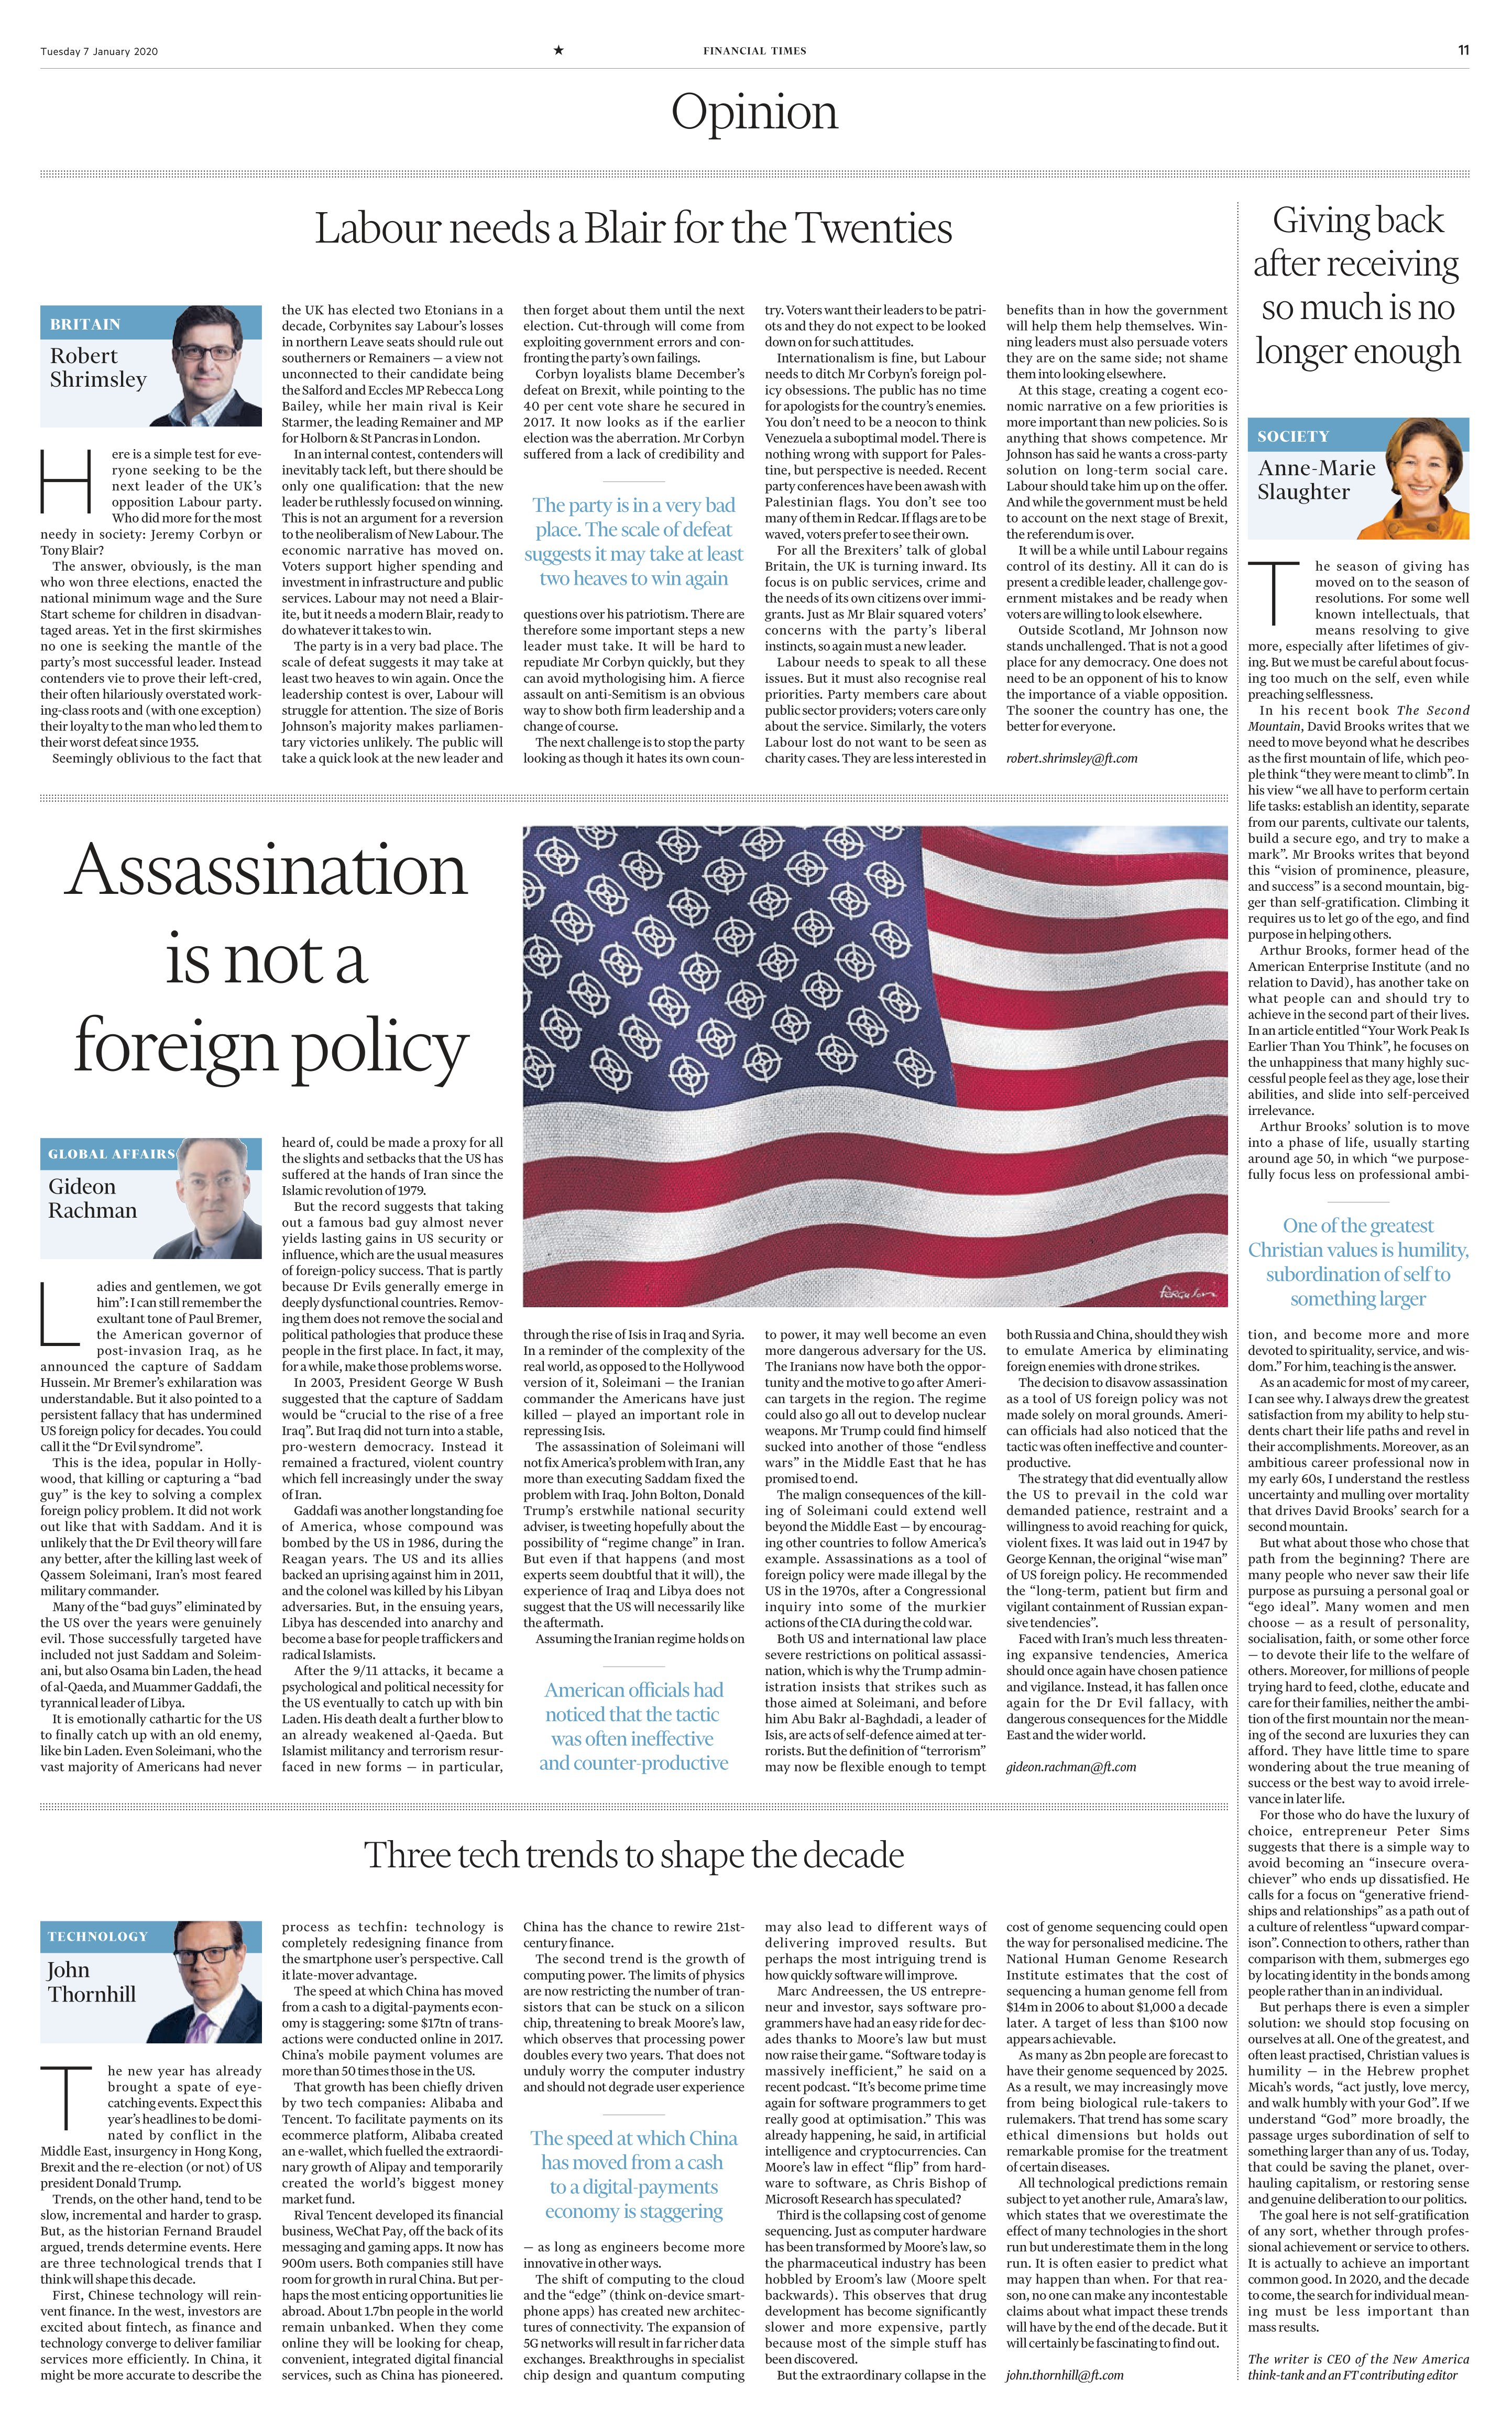
Language: en